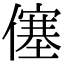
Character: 僿